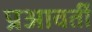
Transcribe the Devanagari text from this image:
प्रआवर्ती